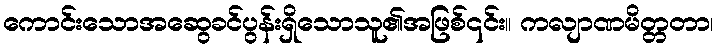
ကောင်းသောအဆွေခင်ပွန်းရှိသောသူ၏အဖြစ်၎င်း။ ကလျာဏမိတ္တတာ၊